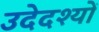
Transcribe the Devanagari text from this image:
उदेदश्यों